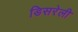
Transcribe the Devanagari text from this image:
डिसरेली